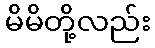
မိမိတို့လည်း